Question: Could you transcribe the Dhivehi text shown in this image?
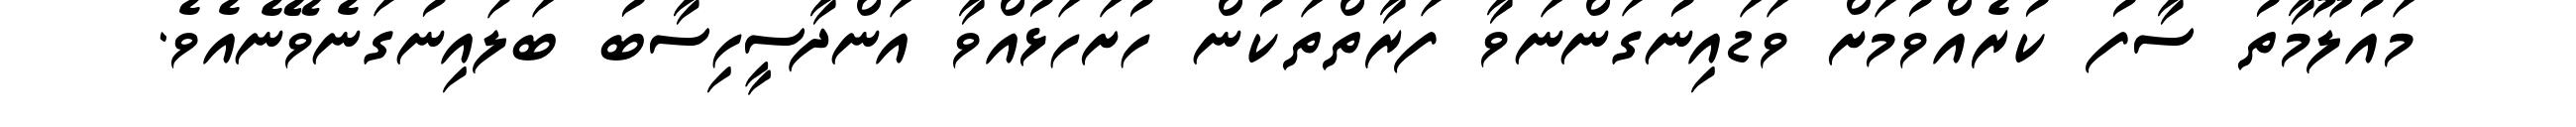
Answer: މައުލޫމާތު ސާފު ކުރެއްވުމަށް ވަޑައިނުގަންނަވާ ފަރާތްތަކުން ހުށަހަޅުއްވާ އަންދާސީހިސާބު ބަލައިނުގަނެވޭނެއެވެ.